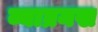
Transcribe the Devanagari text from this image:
व्याघ्रनख